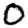
Digit: 0